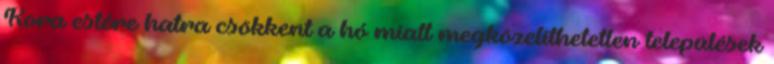
Kora estére hatra csökkent a hó miatt megközelíthetetlen települések